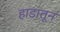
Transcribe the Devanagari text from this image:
हाडातून